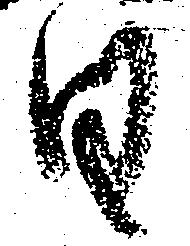
日